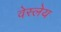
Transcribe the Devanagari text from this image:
वेस्लेय